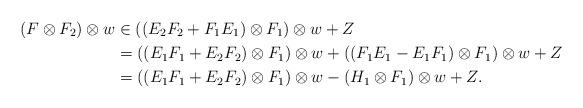
LaTeX: \begin{align*}(F \otimes F_2) \otimes w & \in ((E_2 F_2 + F_1 E_1) \otimes F_1) \otimes w + Z \\& = ((E_1 F_1 + E_2 F_2) \otimes F_1) \otimes w + ((F_1 E_1 - E_1 F_1) \otimes F_1) \otimes w + Z \\& = ((E_1 F_1 + E_2 F_2) \otimes F_1) \otimes w- (H_1 \otimes F_1) \otimes w + Z. \end{align*}